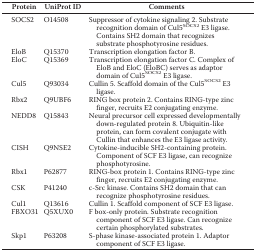
| Protein | UniProt ID | Comments |
 | --- | --- | --- |
 | SOCS2 | O14508 | Suppressor of cytokine signaling 2. Substrate recognition domain of Cul5SOCS2 E3 ligase. Contains SH2 domain that recognizes substrate phosphotyrosine residues. |
 | EloB | Q15370 | Transcription elongation factor B. |
 | EloC | Q15369 | Transcription elongation factor C. Complex of EloB and EloC (EloBC) serves as adaptor domain of Cul5SOCS2 E3 ligase. |
 | Cul5 | Q93034 | Cullin 5. Scaffold domain of the Cul5SOCS2 E3 ligase. |
 | Rbx2 | Q9UBF6 | RING box protein 2. Contains RING-type zinc finger, recruits E2 conjugating enzyme. |
 | NEDD8 | Q15843 | Neural precursor cell expressed developmentally down-regulated protein 8. Ubiquitin-like protein, can form covalent conjugate with Cullin that enhances the E3 ligase activity. |
 | CISH | Q9NSE2 | Cytokine-inducible SH2-containing protein. Component of SCF E3 ligase, can recognize phosphotyrosine. |
 | Rbx1 | P62877 | RING-box protein 1. Contains RING-type zinc finger, recruits E2 conjugating enzyme. |
 | CSK | P41240 | c-Src kinase. Contains SH2 domain that can recognize phosphotyrosine residues. |
 | Cul1 | Q13616 | Cullin 1. Scaffold component of SCF E3 ligase. |
 | FBXO31 | Q5XUX0 | F box-only protein. Substrate recognition component of SCF E3 ligase. Can recognize certain phosphorylated substrates. |
 | Skp1 | P63208 | S-phase kinase-associated protein 1. Adaptor component of SCF E3 ligase. |